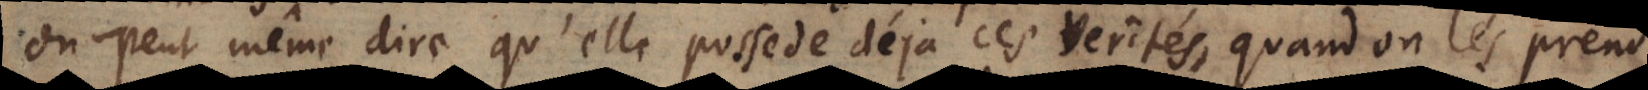
On peut même dire qu’elle possede déja ces verités, quand on les pr